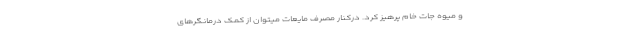
و میوه جات خام پرهیز کرد. درکنار مصرف مایعات میتوان از کمک درمانگرهای